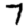
Digit: 7